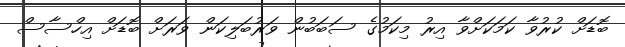
ބޮޑަށް ކުރުވާ ކަމަކަށްވާ އިރު މިކަމުގެ ސަބަބުން ވަރުބަލިކަން ވަރަށް ބޮޑަށް އިހްސާސް